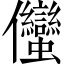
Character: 𱏣